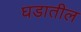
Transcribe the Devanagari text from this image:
घडातील